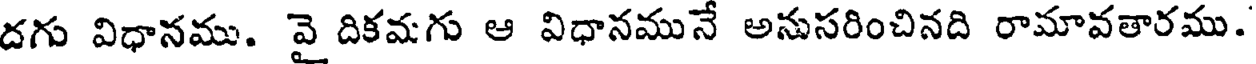
దగు విధానము. వై దికమగు ఆ విధానమునే అనుసరించినది రామావతారము.